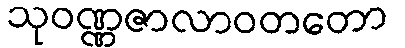
သုဝဏ္ဏဇာလာဝတတော